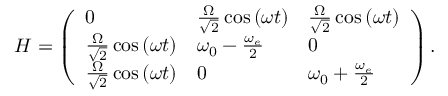
\begin{array} { r } { H = \left( \begin{array} { l l l } { 0 } & { { \frac { \Omega } { \sqrt { 2 } } \cos \left( \omega t \right) } } & { { \frac { \Omega } { \sqrt { 2 } } \cos \left( \omega t \right) } } \\ { { \frac { \Omega } { \sqrt { 2 } } \cos \left( \omega t \right) } } & { \omega _ { 0 } - \frac { \omega _ { e } } { 2 } } & { 0 } \\ { { \frac { \Omega } { \sqrt { 2 } } \cos \left( \omega t \right) } } & { 0 } & { \omega _ { 0 } + \frac { \omega _ { e } } { 2 } } \end{array} \right) . } \end{array}